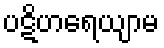
ပဋိဟရေယျာမ